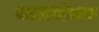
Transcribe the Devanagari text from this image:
कालबोधक